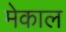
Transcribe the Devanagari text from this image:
मेकाल